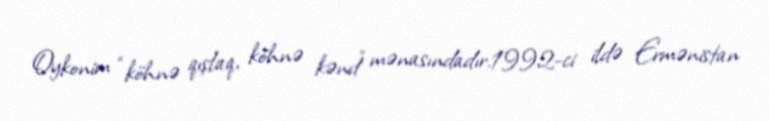
Oykonim “köhnə qışlaq, köhnə kənd” mənasındadır.1992-ci ildə Ermənistan